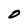
Character: O